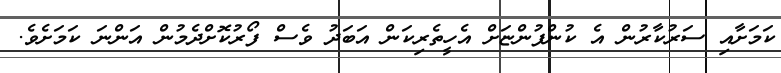
ކަމަށާއި ސަރުކާރުން އެ ކުންފުންޏަށް އެހީތެރިކަން އަބަދު ވެސް ފޯރުކޮށްދެމުން އަންނަ ކަމަށެވެ.